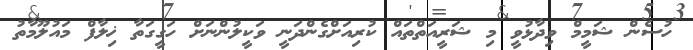
ހުސެން ޝަމީމް ވިދާޅުވީ މި ޝަރީއަތްތައް ކުރިއަށްގެންދަނީ ވަކީލުންނަށް ހަގީގަތާ ޚިލާފް މައުލޫމާތު